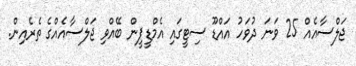
ޖަލްސާއެއް 25 ވަނަ ދުވަހު އައްޑޫ ސިޓީގައި އެމްޑީޕީން ބޭއްވި ޖަލްސާއެއްގެ ތެރެއިން.